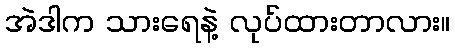
အဲဒါက သားရေနဲ့ လုပ်ထားတာလား။